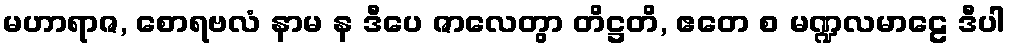
မဟာရာဇ, စောရဗလံ နာမ န ဒီပေ ဇာလေတွာ တိဋ္ဌတိ, ဧတေ စ မဏ္ဍလမာဠေ ဒီပါ